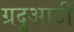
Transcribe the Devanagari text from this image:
ग्रदुआटीं